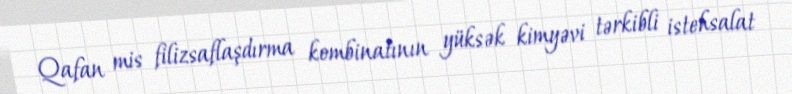
Qafan mis filizsaflaşdırma kombinatının yüksək kimyəvi tərkibli istehsalat